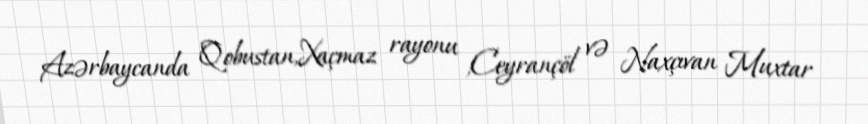
Azərbaycanda Qobustan,Xaçmaz rayonu ,Ceyrançöl və Naxçıvan Muxtar